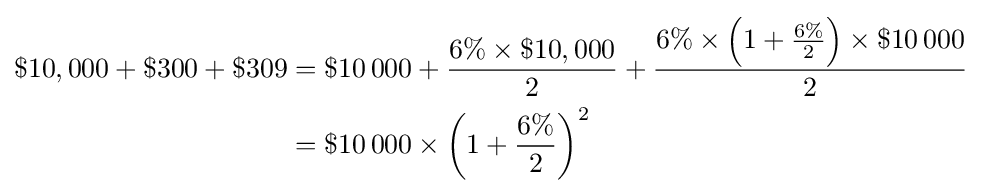
{\begin{aligned}\$10,000+\$300+\$309&=\$10\,000+{\frac {6\%\times \$10,000}{2}}+{\frac {6\%\times \left(1+{\frac {6\%}{2}}\right)\times \$10\,000}{2}}\\&=\$10\,000\times \left(1+{\frac {6\%}{2}}\right)^{2}\end{aligned}}